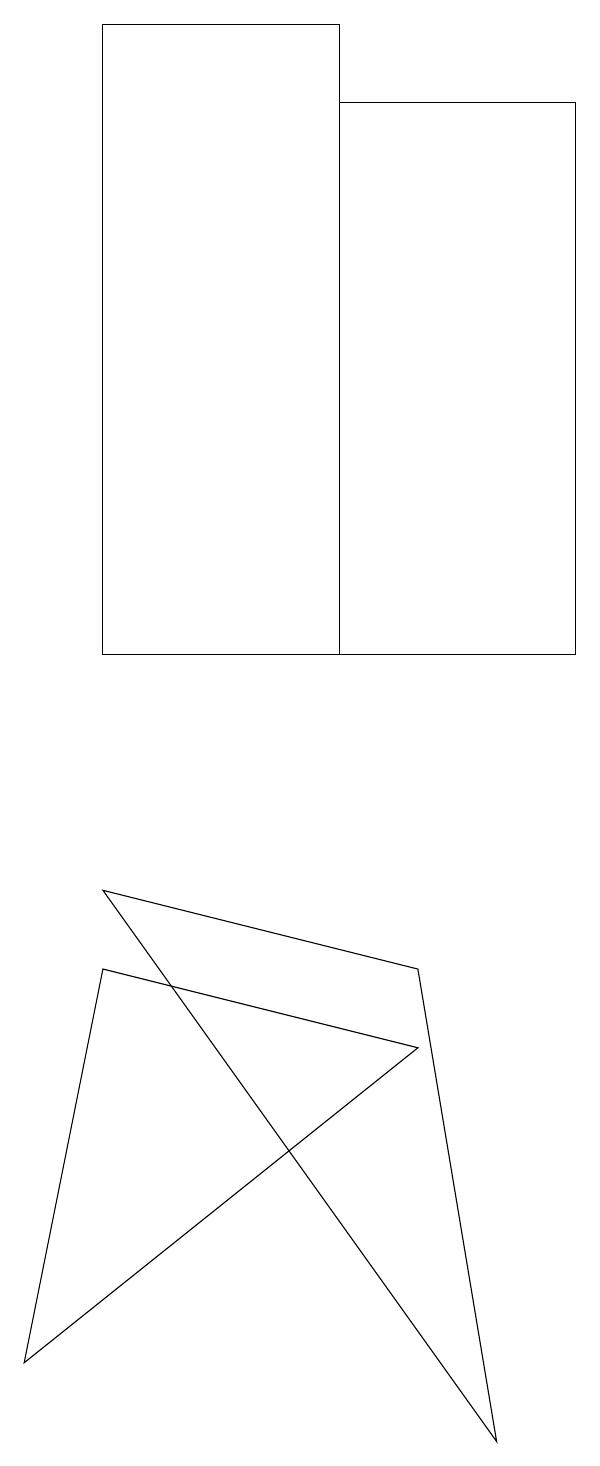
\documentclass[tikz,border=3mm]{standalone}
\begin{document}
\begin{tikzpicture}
\draw (1,7) -- (0,2) -- (5,6) -- cycle;
\draw (7,11) rectangle (4,18);
\draw (6,1) -- (1,8) -- (5,7) -- cycle;
\draw (1,19) rectangle (4,11);
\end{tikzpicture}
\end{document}